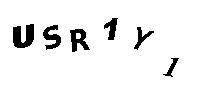
USR1Y1